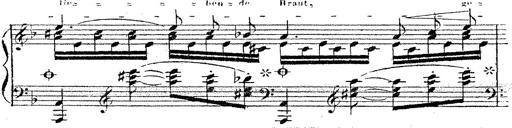
Title: 12 Lieder von Franz Schubert
Composer: Franz Liszt